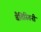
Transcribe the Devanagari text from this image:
बैतिस्तिनी